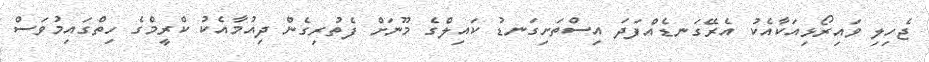
ޖެހިލި ވައިރޯޅިއަކާއެކު އެރޭގަނޑެއްފަދަ އިސްތަށިގަނޑު ކައިލްގެ މޫނަށް ފެތުރިގެން ދިއުމާއެކު ކްރީމްގެ ހިތްގައިމުވަސް